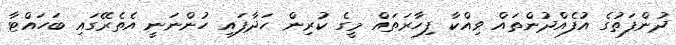
ދުންފަތުގެ އުފެއްދުންތައް ވިއްކާ ފިހާރަތައް މީގެ ކުރިން ހަދާފައި ހުންނަނީ އެތެރޭގައި ބަހައްޓާ